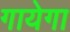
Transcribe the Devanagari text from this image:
गायेगा